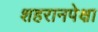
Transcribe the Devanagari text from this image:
शहरानपेक्षा